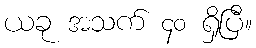
ယခု အသက် ၄၀ ရှိပြီ။